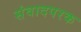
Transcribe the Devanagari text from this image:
संवादपरक